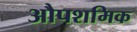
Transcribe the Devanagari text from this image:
औपशमिक